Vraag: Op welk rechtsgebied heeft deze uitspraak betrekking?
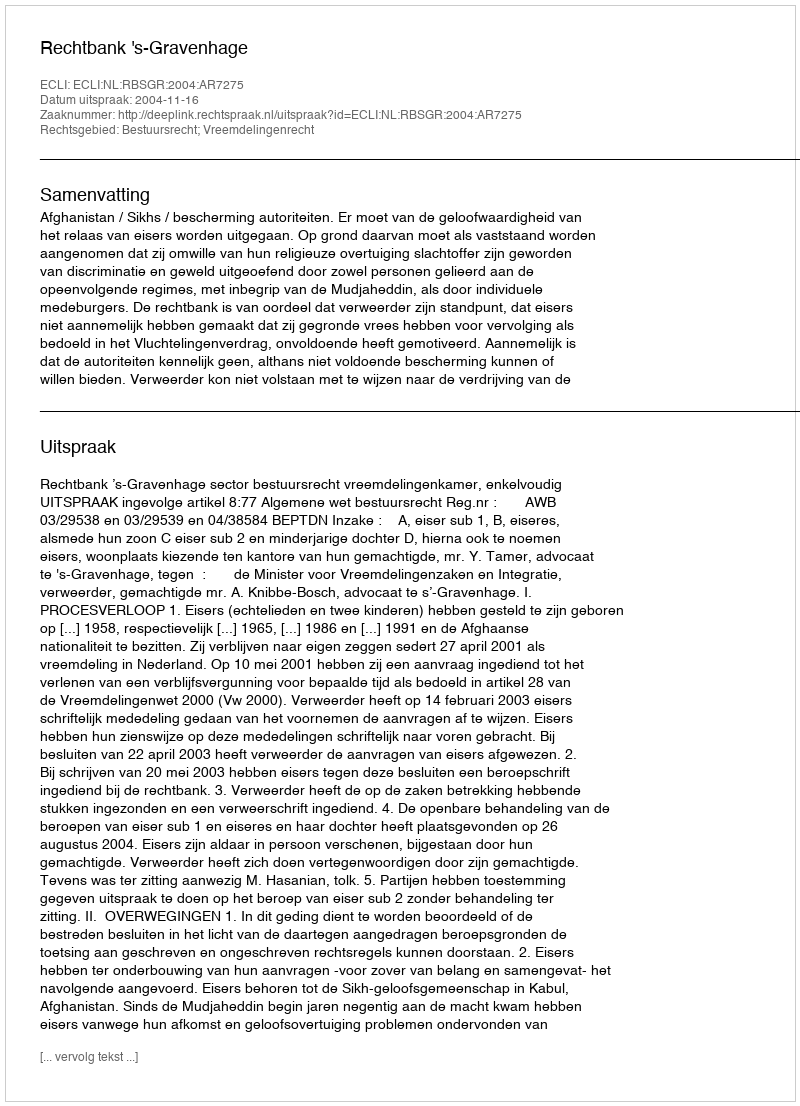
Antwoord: Bestuursrecht; Vreemdelingenrecht